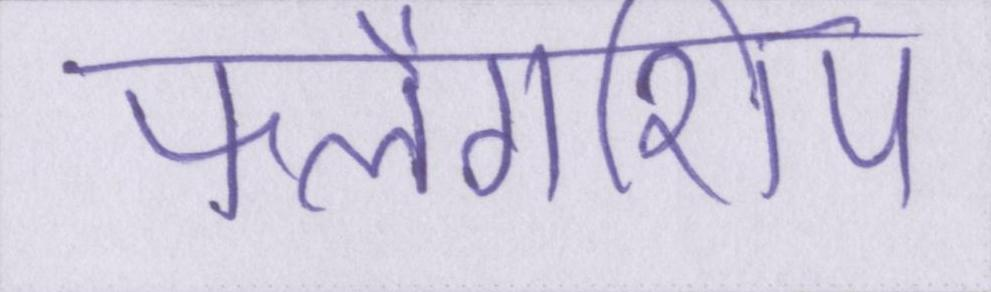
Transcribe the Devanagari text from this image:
फ्लैगशिप